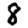
Digit: 8